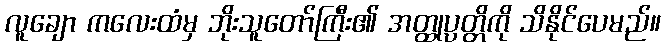
လူချော ကလေးထံမှ ဘိုးသူတော်ကြီး၏ အတ္ထုပ္ပတ္တိကို သိနိုင်ပေမည်။